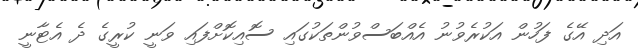
އަދި އޭގެ ފަހުން އަކުރެވުނު އެއްބަސްވުންތަކުގައި ސޮއިކޮށްފައި ވަނީ ކުރީގެ ދެ އެޓާނީ